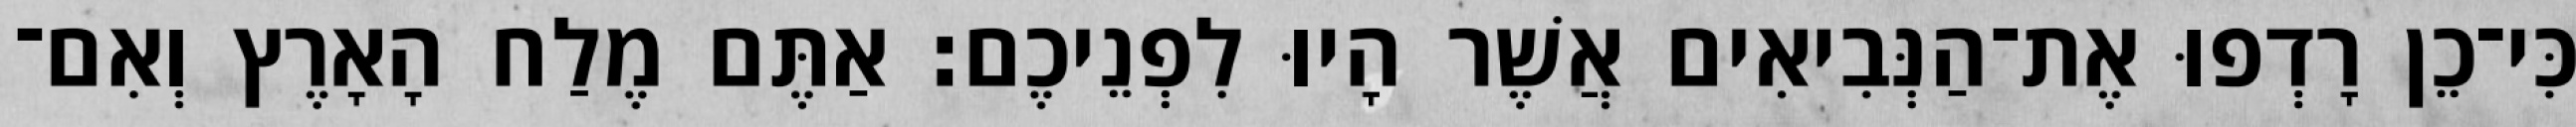
כִּי־כֵן רָדְפוּ אֶת־הַנְּבִיאִים אֲשֶׁר הָיוּ לִפְנֵיכֶם׃ אַתֶּם מֶלַח הָאָרֶץ וְאִם־